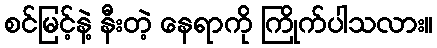
စင်မြင့်နဲ့ နီးတဲ့ နေရာကို ကြိုက်ပါသလား။